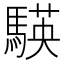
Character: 𮪒